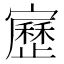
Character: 𡫯